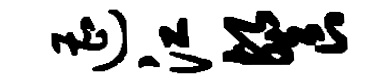
遭江餐